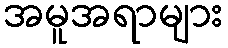
အမူအရာများ